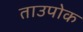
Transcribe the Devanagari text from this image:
ताउपोक